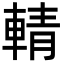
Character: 輤